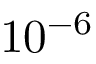
1 0 ^ { - 6 }